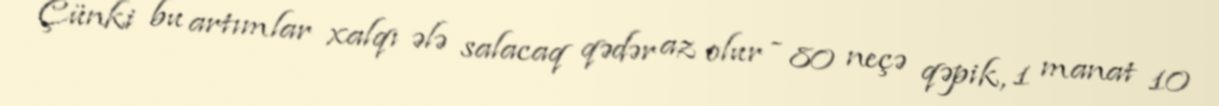
Çünki bu artımlar xalqı ələ salacaq qədər az olur - 80 neçə qəpik, 1 manat 10